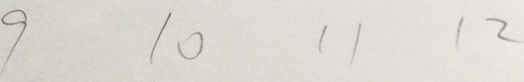
9 1 0 1 1 1 2